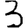
Digit: 3